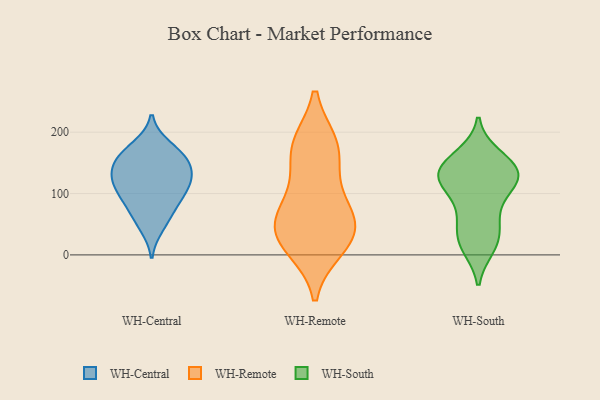
{"axis": {"x": "Operating Costs (USD K)", "y": "Value"}, "legend": ["WH-Central", "WH-Remote", "WH-South"], "data": [{"x": "", "y": 129, "type": "WH-Central"}, {"x": "", "y": 177, "type": "WH-Central"}, {"x": "", "y": 118, "type": "WH-Central"}, {"x": "", "y": 65, "type": "WH-Central"}, {"x": "", "y": 154, "type": "WH-Central"}, {"x": "", "y": 103, "type": "WH-Central"}, {"x": "", "y": 100, "type": "WH-Central"}, {"x": "", "y": 143, "type": "WH-Central"}, {"x": "", "y": 82, "type": "WH-Central"}, {"x": "", "y": 46, "type": "WH-Central"}, {"x": "", "y": 153, "type": "WH-Central"}, {"x": "", "y": 168, "type": "WH-Central"}, {"x": "", "y": 122, "type": "WH-Central"}, {"x": "", "y": 12, "type": "WH-Remote"}, {"x": "", "y": 21, "type": "WH-Remote"}, {"x": "", "y": 56, "type": "WH-Remote"}, {"x": "", "y": 26, "type": "WH-Remote"}, {"x": "", "y": 125, "type": "WH-Remote"}, {"x": "", "y": 180, "type": "WH-Remote"}, {"x": "", "y": 178, "type": "WH-Remote"}, {"x": "", "y": 80, "type": "WH-Remote"}, {"x": "", "y": 175, "type": "WH-Remote"}, {"x": "", "y": 45, "type": "WH-Remote"}, {"x": "", "y": 63, "type": "WH-Remote"}, {"x": "", "y": 155, "type": "WH-South"}, {"x": "", "y": 152, "type": "WH-South"}, {"x": "", "y": 65, "type": "WH-South"}, {"x": "", "y": 135, "type": "WH-South"}, {"x": "", "y": 123, "type": "WH-South"}, {"x": "", "y": 22, "type": "WH-South"}, {"x": "", "y": 13, "type": "WH-South"}, {"x": "", "y": 117, "type": "WH-South"}, {"x": "", "y": 127, "type": "WH-South"}, {"x": "", "y": 127, "type": "WH-South"}, {"x": "", "y": 38, "type": "WH-South"}, {"x": "", "y": 162, "type": "WH-South"}, {"x": "", "y": 95, "type": "WH-South"}, {"x": "", "y": 60, "type": "WH-South"}, {"x": "", "y": 126, "type": "WH-South"}, {"x": "", "y": 16, "type": "WH-South"}, {"x": "", "y": 129, "type": "WH-South"}]}